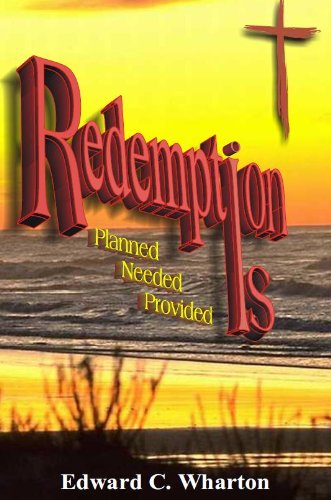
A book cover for Redemption Is; Ed Wharton; Christian Books & Bibles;